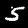
Digit: 5